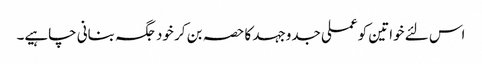
اس لئے خواتین کو عملی جدوجہد کا حصہ بن کر خود جگہ بنانی چاہیے۔